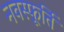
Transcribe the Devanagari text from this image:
नवस्फूर्ति